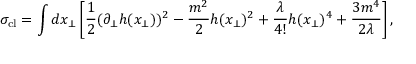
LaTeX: \sigma _ { \mathrm { c l } } = \int d x _ { \bot } \left[ \frac { 1 } { 2 } ( \partial _ { \bot } h ( x _ { \bot } ) ) ^ { 2 } - \frac { m ^ { 2 } } { 2 } h ( x _ { \bot } ) ^ { 2 } + \frac { \lambda } { 4 ! } h ( x _ { \bot } ) ^ { 4 } + \frac { 3 m ^ { 4 } } { 2 \lambda } \right] ,